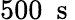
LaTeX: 500\ \mathrm{~s~}